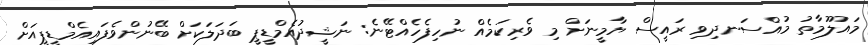
މައުލޫމާތު މުއްސަނދިވި ރައީސް ޔާމީނަށް މި ވެރިކަމެއް ނުހިފެހެއްޓޭނެ: ނަޝީދުއެމްޑީޕީ ބަދަލަކަށް ބޭނުންވެފައިއެމްޑީޕީއަށް